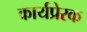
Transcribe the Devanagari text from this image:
कार्यप्रेरक